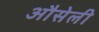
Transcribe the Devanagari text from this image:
औसेली